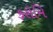
કરોમિ